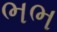
ભભ